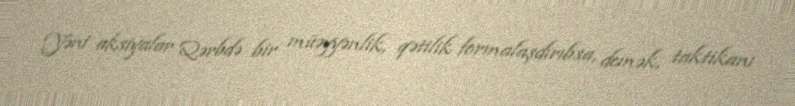
Yəni aksiyalar Qərbdə bir müəyyənlik, qətilik formalaşdırıbsa, demək, taktikanı